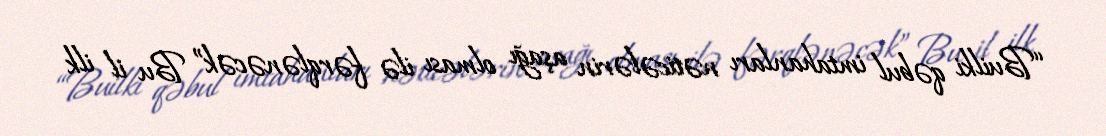
“Builki qəbul imtahanları nəticələrin aşağı olması ilə fərqlənəcək” Bu il ilk